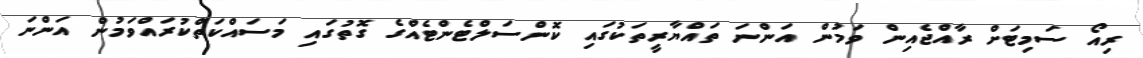
ރިއޯ ސަމިޓަށް ރާއްޖެއިން ވަމުން އަންނަ ތައްޔާރީތަކުގައި ކޮންސަލްޓެންޓެއްގެ ގޮތުގައި މަސައްކަތްކުރައްވަމުން އަންނަ